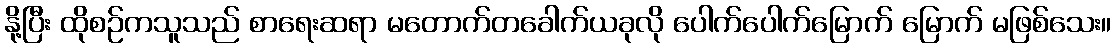
နို့ပြီး ထိုစဉ်ကသူသည် စာရေးဆရာ မတောက်တခေါက်ယခုလို ပေါက်ပေါက်မြောက် မြောက် မဖြစ်သေး။